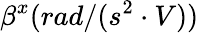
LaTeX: \beta^{x}(rad/(s^{2}\cdot V))